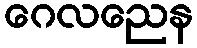
ဂေလညေန